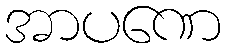
အာပဏေ